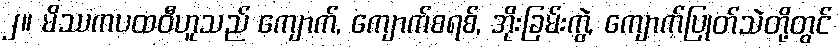
၂။ မိဿကပထဝီဟူသည် ကျောက်, ကျောက်စရစ်, အိုးခြမ်းကွဲ, ကျောက်ပြုတ်သဲတို့တွင်